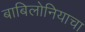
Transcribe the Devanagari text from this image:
बाबिलोनियाचा